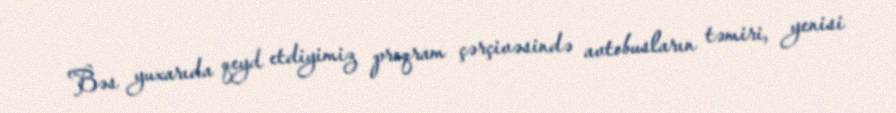
Bəs yuxarıda qeyd etdiyimiz proqram çərçivəsində avtobusların təmiri, yenisi